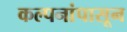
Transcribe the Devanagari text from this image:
कल्पनांपासून